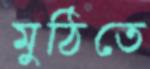
মুঠিতে